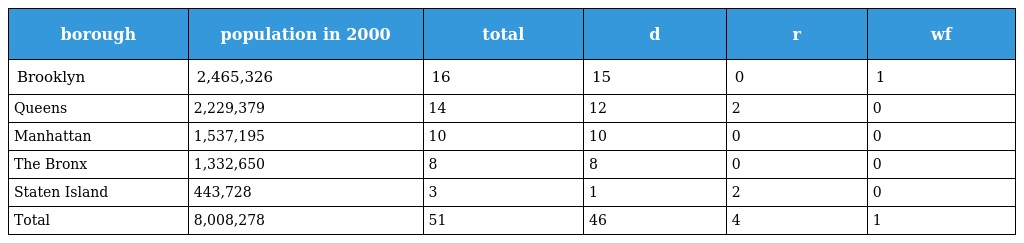
| borough | population in 2000 | total | d | r | wf |
 | --- | --- | --- | --- | --- | --- |
 | Brooklyn | 2,465,326 | 16 | 15 | 0 | 1 |
 | Queens | 2,229,379 | 14 | 12 | 2 | 0 |
 | Manhattan | 1,537,195 | 10 | 10 | 0 | 0 |
 | The Bronx | 1,332,650 | 8 | 8 | 0 | 0 |
 | Staten Island | 443,728 | 3 | 1 | 2 | 0 |
 | Total | 8,008,278 | 51 | 46 | 4 | 1 |